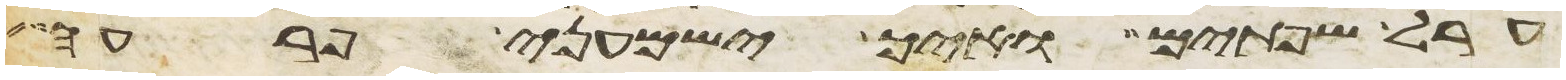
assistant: ערל שפתים ואיך ישמעני פרעה